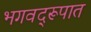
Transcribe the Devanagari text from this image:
भगवद्‌रूपात